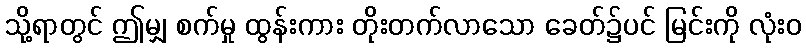
သို့ရာတွင် ဤမျှ စက်မှု ထွန်းကား တိုးတက်လာသော ခေတ်၌ပင် မြင်းကို လုံးဝ